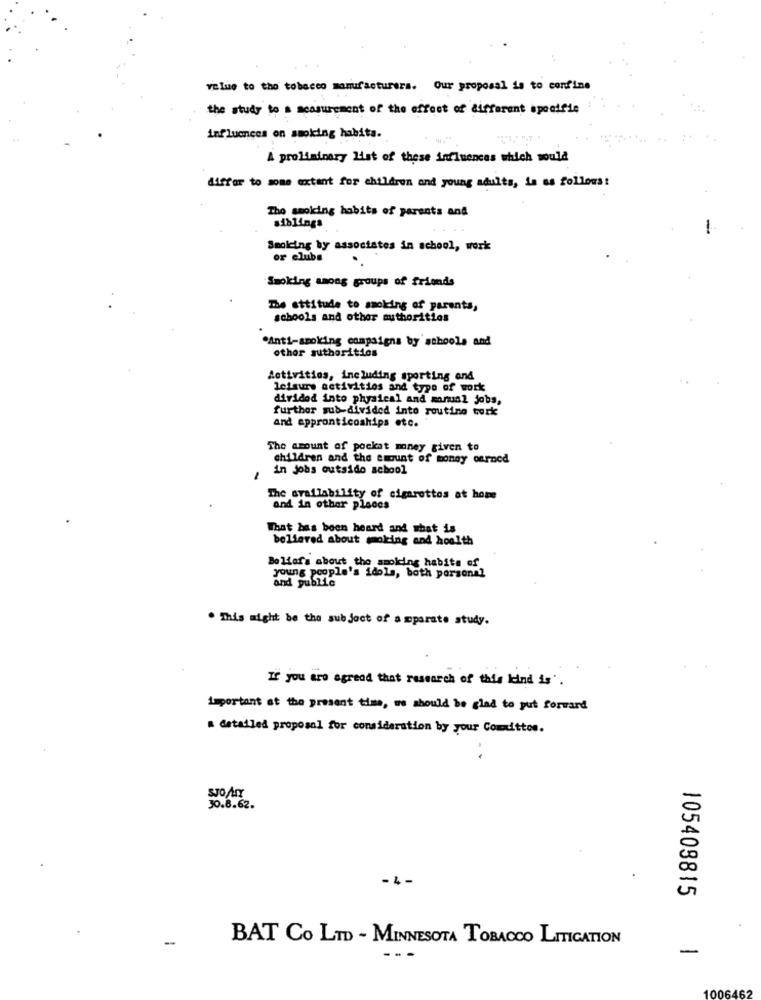
value to the tobacco manufacturers. Our proposal is to confine
the study to a measurement of the effect of different specifie
influences on smoking habita.
A proliminary list of these influences which would
diffor to some extent for children and young adults, la as follows!
The smoking habits of parents and
siblings
Smolcing by associates in school, work
or clubs
Smoking among groups of friends
The attitude to smoking of parents,
schools and other authorities
"Anti-smoking campaigns by schools and
other authorities
Activities, including sporting and
leisure activities and type of work
divided into physical and manual jobs,
further sub-divided into routine terk
and appronticoships etc.
The amount of pocket money given to
children and the amount of money ourned
in jobs outsido school
The availability of cigarettos at home
and in other places
What has been heard and what is
believed about moking and hoalth
Beliefs about the smoking habits of
young people's idols, both personal
and public
. This might be the subject of a mparate study.
If you are agreed that research of this kind is'.
important at the present time, we should be glad to put forward
a detailed proposal for consideration by your Comittos.
SJOArx
30.8.62.
105408815
-
BAT Co LTD - MINNESOTA TOBACCO LITIGATION
-
1006